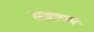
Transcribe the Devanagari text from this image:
रस्त्यामधुन